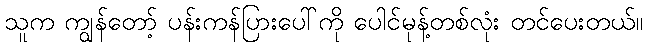
သူက ကျွန်တော့် ပန်းကန်ပြားပေါ်ကို ပေါင်မုန့်တစ်လုံး တင်ပေးတယ်။